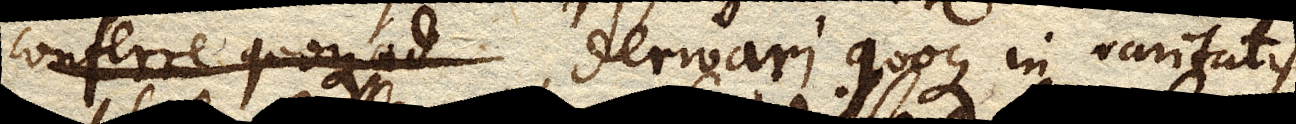
conferre quoque ad derivari quoque in raritatis